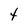
Character: t